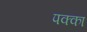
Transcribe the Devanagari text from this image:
पक्‍का